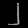
Digit: ၂